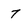
Character: 7